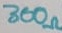
Text: 300Ω